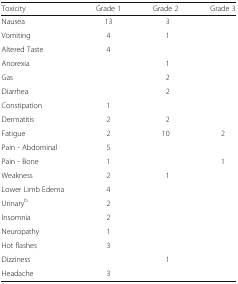
| Toxicity | Grade 1 | Grade 2 | Grade 3 |
 | --- | --- | --- | --- |
 | Nausea | 13 | 3 |  |
 | Vomiting | 4 | 1 |  |
 | Altered Taste | 4 |  |  |
 | Anorexia |  | 1 |  |
 | Gas |  | 2 |  |
 | Diarrhea |  | 2 |  |
 | Constipation | 1 |  |  |
 | Dermatitis | 2 | 2 |  |
 | Fatigue | 2 | 10 | 2 |
 | Pain - Abdominal | 5 |  |  |
 | Pain - Bone | 1 |  | 1 |
 | Weakness | 2 | 1 |  |
 | Lower Limb Edema | 4 |  |  |
 | Urinaryb | 2 |  |  |
 | Insomnia | 2 |  |  |
 | Neuropathy | 1 |  |  |
 | Hot flashes | 3 |  |  |
 | Dizziness |  | 1 |  |
 | Headache | 3 |  |  |